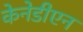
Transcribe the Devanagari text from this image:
केनेडीएन